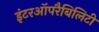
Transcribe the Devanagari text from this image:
इंटरऑपरैबिलिटी